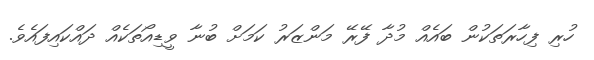
ހުރި ފިހާރަތަކުން ބައެއް މުދާ ފޭރޭ މަންޒަރު ކަމަށް ބުނާ ވީޑިއޯތަކެއް ދައްކައިފައެވެ.